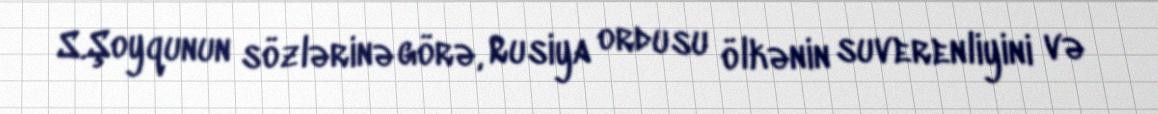
S.Şoyqunun sözlərinə görə, Rusiya ordusu ölkənin suverenliyini və